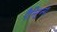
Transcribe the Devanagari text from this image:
पैन्टिन्ग